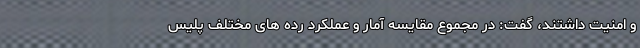
و امنیت داشتند، گفت: در مجموع مقایسه آمار و عملکرد رده های مختلف پلیس